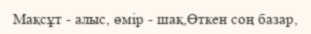
Мақсұт - алыс, өмір - шақ,Өткен соң базар,